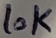
Text: 10K